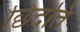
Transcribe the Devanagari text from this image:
छिंदंति